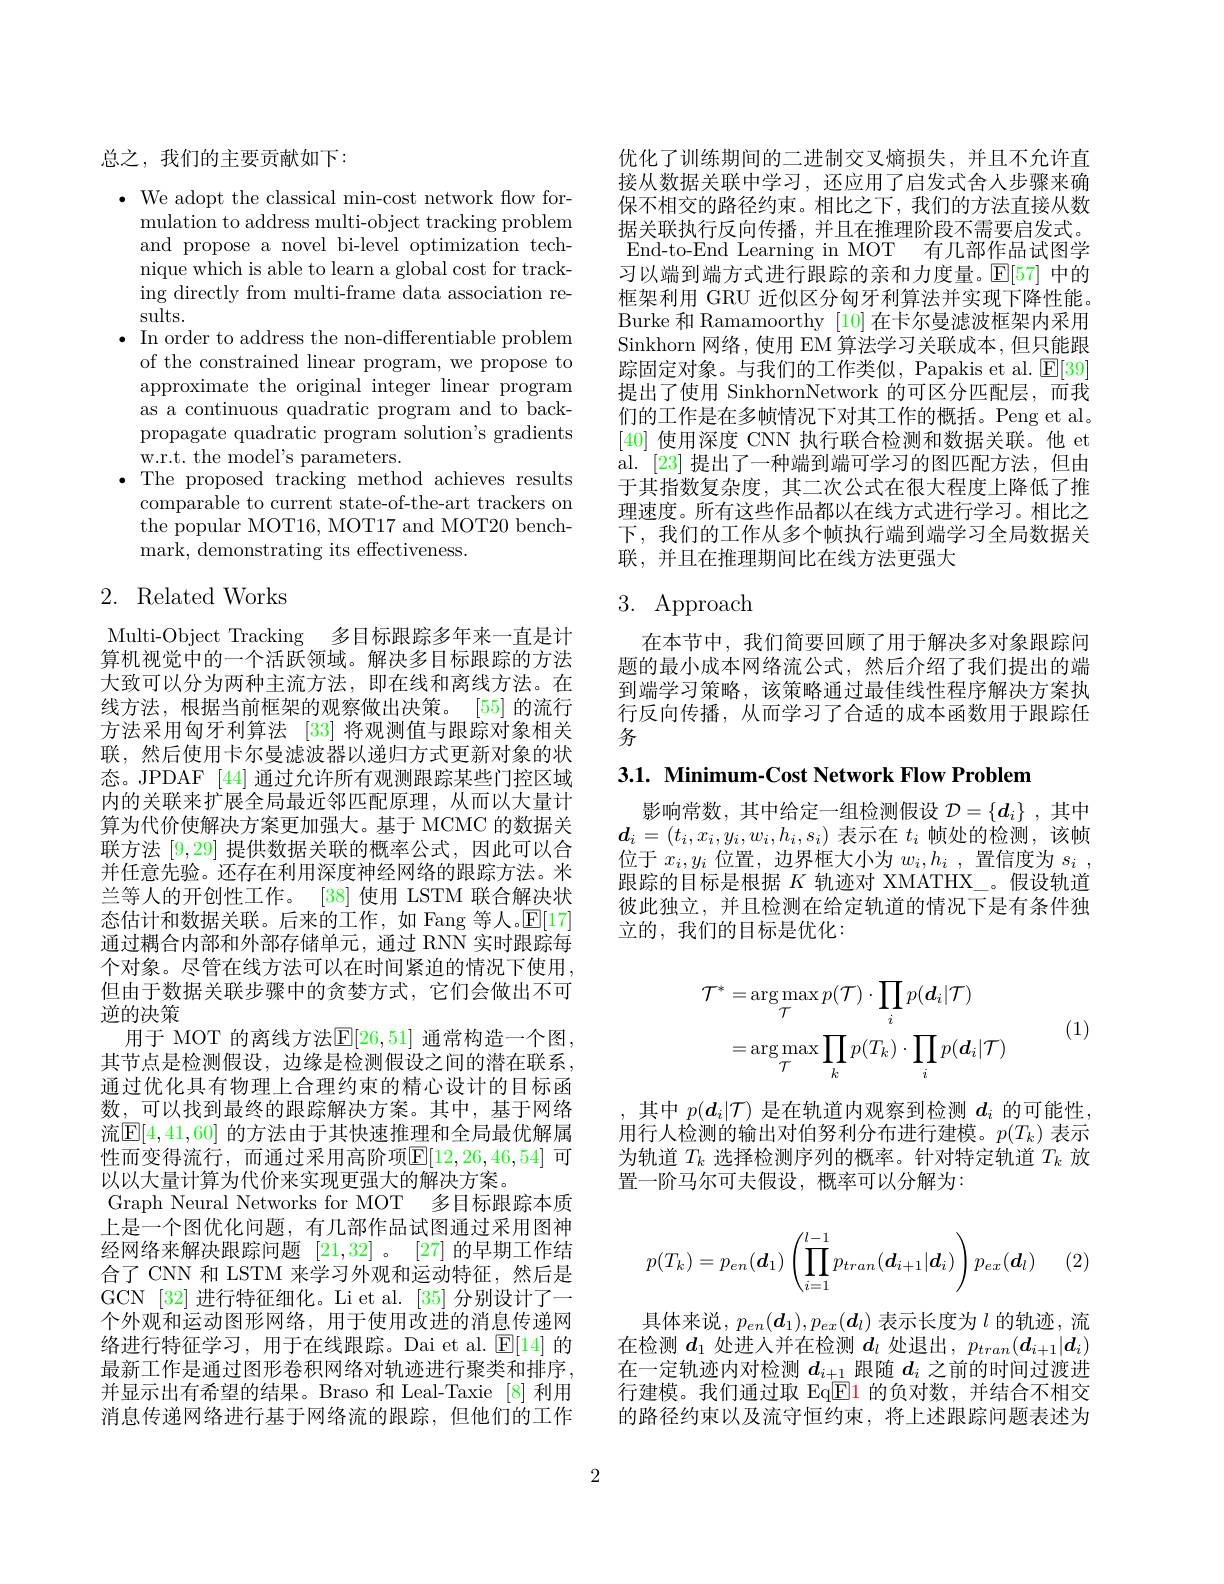
总之，我们的主要贡献如下：

$\bullet$ We adopt the classical min-cost network flow for-
mulation to address multi-object tracking problem and propose a novel bi-level optimization technique which is able to learn a global cost for tracking directly from multi-frame data association results.
$\bullet$ In order to address the non-differentiable problem of the constrained linear program, we propose to approximate the original integer linear program as a continuous quadratic program and to backpropagate quadratic program solution's gradients w.r.t. the model's parameters.
$\bullet$ The proposed tracking method achieves results
comparable to current state-of-the-art trackers on the popular MOT16, MOT17 and MOT20 benchmark, demonstrating its effectiveness.

# 2. Related Works

Multi-Object Tracking 多目标跟踪多年来一直是计算机视觉中的一个活跃领域。解决多目标跟踪的方法大致可以分为两种主流方法，即在线和离线方法。在线方法，根据当前框架的观察做出决策。[55]的流行方法采用匈牙利算法 [33] 将观测值与跟踪对象相关联，然后使用卡尔曼滤波器以递归方式更新对象的状态。JPDAF [44] 通过允许所有观测跟踪某些门控区域内的关联来扩展全局最近邻匹配原理，从而以大量计算为代价使解决方案更加强大。基于 MCMC 的数据关联方法[9,29]提供数据关联的概率公式，因此可以合并任意先验。还存在利用深度神经网络的跟踪方法。米兰等人的开创性工作。[38] 使用 LSTM 联合解决状态估计和数据关联。后来的工作，如 Fang 等人。$\mathbb{E}[17]$ 通过耦合内部和外部存储单元，通过 RNN 实时跟踪每个对象。尽管在线方法可以在时间紧迫的情况下使用， 但由于数据关联步骤中的贪婪方式，它们会做出不可逆的决策
用于 MOT 的离线方法$\mathbb{E}[26,51]$ 通常构造一个图， 其节点是检测假设，边缘是检测假设之间的潜在联系， 通过优化具有物理上合理约束的精心设计的目标函数，可以找到最终的跟踪解决方案。其中，基于网络流$\boxed{\mathrm{E}}[4,41,60]$ 的方法由于其快速推理和全局最优解属性而变得流行，而通过采用高阶项E[12,26,46,54] 可以以大量计算为代价来实现更强大的解决方案。
Graph Neural Networks for MOT 多目标跟踪本质上是一个图优化问题，有几部作品试图通过采用图神经网络来解决跟踪问题[21,32] 。[27] 的早期工作结合了 CNN 和 LSTM 来学习外观和运动特征，然后是GCN [32] 进行特征细化。Li et al. [35]分别设计了一个外观和运动图形网络，用于使用改进的消息传递网络进行特征学习，用于在线跟踪。Dai et al. $\operatorname{E}[14]$的最新工作是通过图形卷积网络对轨迹进行聚类和排序， 并显示出有希望的结果。Braso 和 Leal-Taxie [8] 利用消息传递网络进行基于网络流的跟踪，但他们的工作

优化了训练期间的二进制交叉熵损失，并且不允许直接从数据关联中学习，还应用了启发式舍人步骤来确保不相交的路径约束。相比之下，我们的方法直接从数据关联执行反向传播，并且在推理阶段不需要启发式。End-to-End Learning in MOT 有几部作品试图学习以端到端方式进行跟踪的亲和力度量。$\mathbb{E}[57]$中的框架利用 GRU 近似区分匈牙利算法并实现下降性能。Burke 和 Ramamoorthy [10] 在卡尔曼滤波框架内采用Sinkhorn 网络，使用 EM 算法学习关联成本，但只能跟踪固定对象。与我们的工作类似，Papakis et al. $\mathbb{E}[39]$ 提出了使用 SinkhornNetwork 的可区分匹配层，而我们的工作是在多帧情况下对其工作的概括。Peng et al。[40]使用深度 CNN 执行联合检测和数据关联。他 et al. [23] 提出了一种端到端可学习的图匹配方法，但由于其指数复杂度，其二次公式在很大程度上降低了推理速度。所有这些作品都以在线方式进行学习。相比之下，我们的工作从多个帧执行端到端学习全局数据关联，并且在推理期间比在线方法更强大

# 3. Approach

在本节中，我们简要回顾了用于解决多对象跟踪问题的最小成本网络流公式，然后介绍了我们提出的端到端学习策略，该策略通过最佳线性程序解决方案执行反向传播，从而学习了合适的成本函数用于跟踪任务

3.1. Minimum-Cost Network Flow Problem

影响常数，其中给定一组检测假设$\mathcal{D}=\{d_i\}$ ,其中$\boldsymbol{d}_i=(t_i,x_i,y_i,w_i,h_i,s_i)$表示在$t_i$帧处的检测，该帧位于$x_i,y_i$位置，边界框大小为$w_i,h_i$ ,置信度为$s_i$, 跟踪的目标是根据$K$轨迹对 XMATHX\_。假设轨道彼此独立，并且检测在给定轨道的情况下是有条件独立的，我们的目标是优化：
$$\begin{aligned}\mathcal{T}^{*}&=\arg\max_{\mathcal{T}}p(\mathcal{T})\cdot\prod_{i}p(\boldsymbol{d}_{i}|\mathcal{T})\\&=\arg\max_{\mathcal{T}}\prod_{k}p(T_{k})\cdot\prod_{i}p(\boldsymbol{d}_{i}|\mathcal{T})\end{aligned}$$
(1)

,其中$p(d_i|\mathcal{T})$是在轨道内观察到检测$d_i$的可能性用行人检测的输出对伯努利分布进行建模。$p(T_k)$表示为轨道$T_k$选择检测序列的概率。针对特定轨道$T_k$放置一阶马尔可夫假设，概率可以分解为：
$$p(T_k)=p_{en}(\boldsymbol{d}_1)\left(\prod_{i=1}^{l-1}p_{tran}(\boldsymbol{d}_{i+1}|\boldsymbol{d}_i)\right)p_{ex}(\boldsymbol{d}_l)$$
(2,

具体来说，$p_en(\boldsymbol{d}_1),p_{ex}(\boldsymbol{d}_l)$表示长度为$l$的轨迹，流在检测$d_1$处进入并在检测$d_l$处退出，$p_tran(d_{i+1}|\boldsymbol{d}_i)$ 在一定轨迹内对检测$d_{i+1}$跟随$d_i$之前的时间过渡进行建模。我们通过取 Eq$\boxed{\mathrm{F}}1$的负对数，并结合不相交的路径约束以及流守恒约束，将上述跟踪问题表述为

2